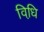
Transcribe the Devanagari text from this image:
विधि़